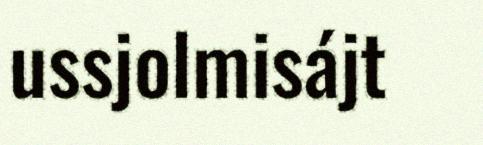
ussjolmisájt